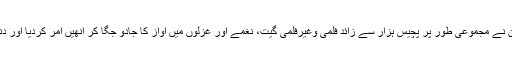
کئی دہائی پر محیط اس سفر میں مہدی حسن نے مجموعی طور پر پچیس ہزار سے زائد فلمی وغیرفلمی گیت، نغمے اور غزلوں میں آواز کا جادو جگا کر انھیں امر کردیا اور دنیا بھر میں بے مثال شہرت اور عزت پائی۔